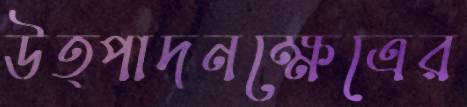
উত্পাদনক্ষেত্রের